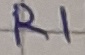
Text: R1